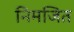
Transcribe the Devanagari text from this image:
निमजित